Madras plague regulations in force outside the Presidency town - Volume 4
Disease focus: Plague
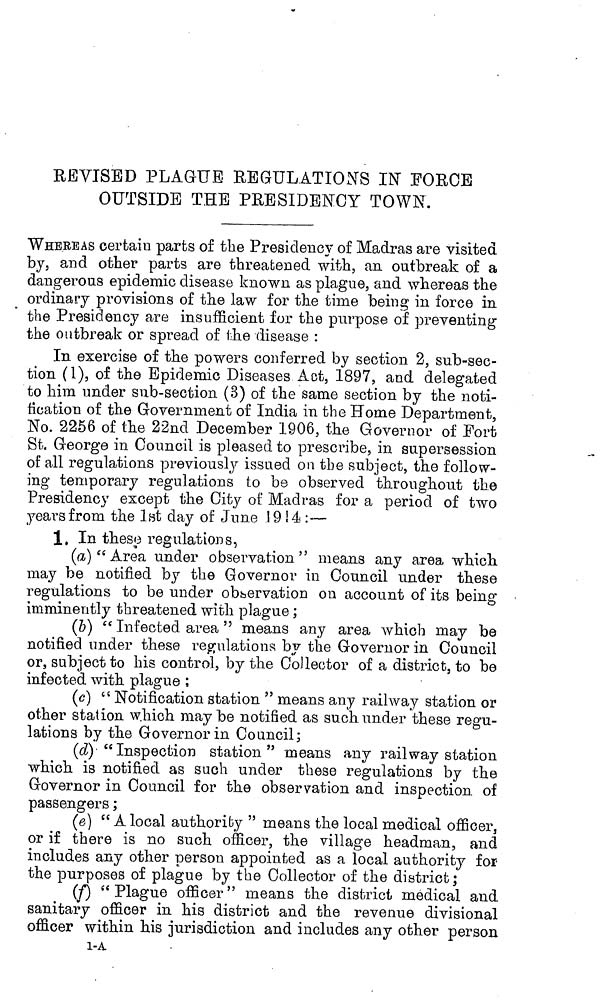
REVISED PLAGUE REGULATIONS IN FORCE
OUTSIDE THE PRESIDENCY TOWN.
WHEREAS certain parts of the Presidency of Madras are visited
by, and other parts are threatened with, an outbreak of a
dangerous epidemic disease known as plague, and whereas the
ordinary provisions of the law for the time being in force in
the Presidency are insufficient for the purpose of preventing
the outbreak or spread of the -disease :
In exercise of the powers conferred by section 2, sub-sec-
tion (1), of the Epidemic Diseases Act, 1897, and delegated
to him under sub-section (3) of the same section by the noti-
fication of the Government of India in the Home Department,
No. 2256 of the 22nd December 1906, the Governor of Fort
St. George in Council is pleased to prescribe, in supersession
of all regulations previously issued on the subject, the follow-
ing temporary regulations to be observed throughout the
Presidency except the City of Madras for a period of two
years from the 1st day of June 1914:—
1. In these regulations,
(a) " Area under observation" means any area which,
may be notified by the Governor in Council under these
regulations to be under observation on account of its being
imminently threatened with plague ;
(b) " Infected area " means any area which may be
notified under these regulations by the Governor in Council
or, subject to his control, by the Collector of a district, to be
infected with plague ;
(c] " Notification station " means any railway station or
other station which maybe notified as such under these regu-
lations by the Governor in Council;
(d) "Inspection station" means any railway station
which is notified as such under these regulations by the
Governor in Council for the observation and inspection of
passengers ;
(e) " A local authority " means the local medical officer 3
or if there is no such officer, the village headman, and
includes any other person appointed as a local authority for
the purposes of plague by the Collector of the district;
(f) "Plague officer" means the district medical and
sanitary officer in his district and the revenue divisional
officer within his jurisdiction and includes any other person
l-A